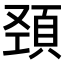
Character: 𩒍